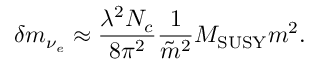
\delta m _ { \nu _ { e } } \approx { \frac { \lambda ^ { 2 } N _ { c } } { 8 \pi ^ { 2 } } } { \frac { 1 } { \tilde { m } ^ { 2 } } } M _ { \mathrm { S U S Y } } m ^ { 2 } .